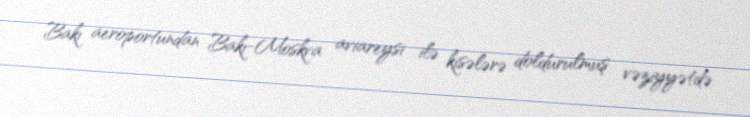
Bakı aeroportundan Bakı-Moskva aviareysi ilə kisələrə doldurulmuş vəziyyətdə